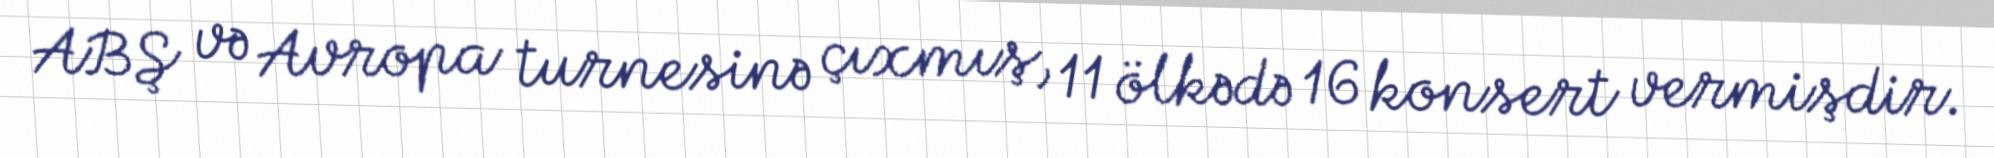
ABŞ və Avropa turnesinə çıxmış, 11 ölkədə 16 konsert vermişdir.